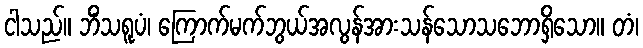
ငါသည်။ ဘိံသရူပံ၊ ကြောက်မက်ဘွယ်အလွန်အားသန်သောသဘောရှိသော။ တံ၊